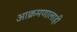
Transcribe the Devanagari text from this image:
आक्रमणालाही